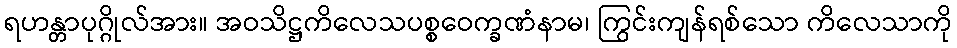
ရဟန္တာပုဂ္ဂိုလ်အား။ အဝသိဋ္ဌကိလေသပစ္စဝေက္ခဏံနာမ၊ ကြွင်းကျန်ရစ်သော ကိလေသာကို